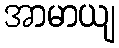
အာမာယျ